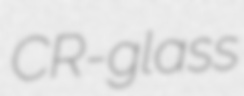
CR-glass